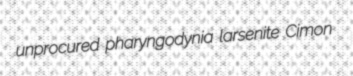
unprocured pharyngodynia larsenite Cimon